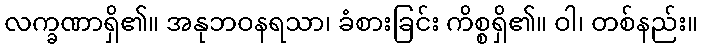
လက္ခဏာရှိ၏။ အနုဘဝနရသာ၊ ခံစားခြင်း ကိစ္စရှိ၏။ ဝါ၊ တစ်နည်း။